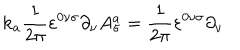
LaTeX: \mathrm { k } _ { a } \frac { 1 } { 2 \pi } \varepsilon ^ { 0 \nu \sigma } \partial _ { \nu } A _ { \sigma } ^ { a } = \frac { 1 } { 2 \pi } \varepsilon ^ { 0 \nu \sigma } \partial _ { \nu }